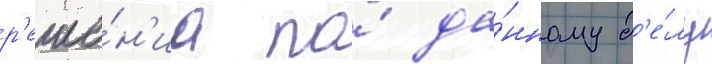
р'еше́н'иа по́ да́нному д'е́лу